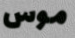
موس